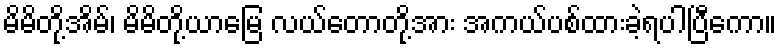
မိမိတို့အိမ်၊ မိမိတို့ယာမြေ လယ်တောတို့အား အကယ်ပစ်ထားခဲ့ရပါပြီကော။